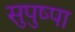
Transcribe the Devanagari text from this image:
सुपुष्पा